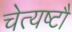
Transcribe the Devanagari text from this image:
चेत्यष्टौ